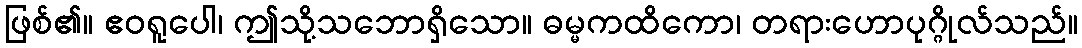
ဖြစ်၏။ ဧဝရူပေါ၊ ဤသို့သဘောရှိသော။ ဓမ္မကထိကော၊ တရားဟောပုဂ္ဂိုလ်သည်။